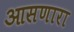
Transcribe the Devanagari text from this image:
आसणारा